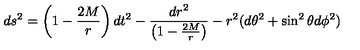
d s ^ { 2 } = \left( 1 - \frac { 2 M } { r } \right) d t ^ { 2 } - \frac { d r ^ { 2 } } { \left( 1 - \frac { 2 M } { r } \right) } - r ^ { 2 } ( d \theta ^ { 2 } + \sin ^ { 2 } \theta d \phi ^ { 2 } )